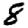
Digit: 8